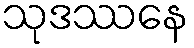
သုဒဿနေ